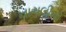
નાગલીની